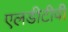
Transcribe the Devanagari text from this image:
एलडीटीवी